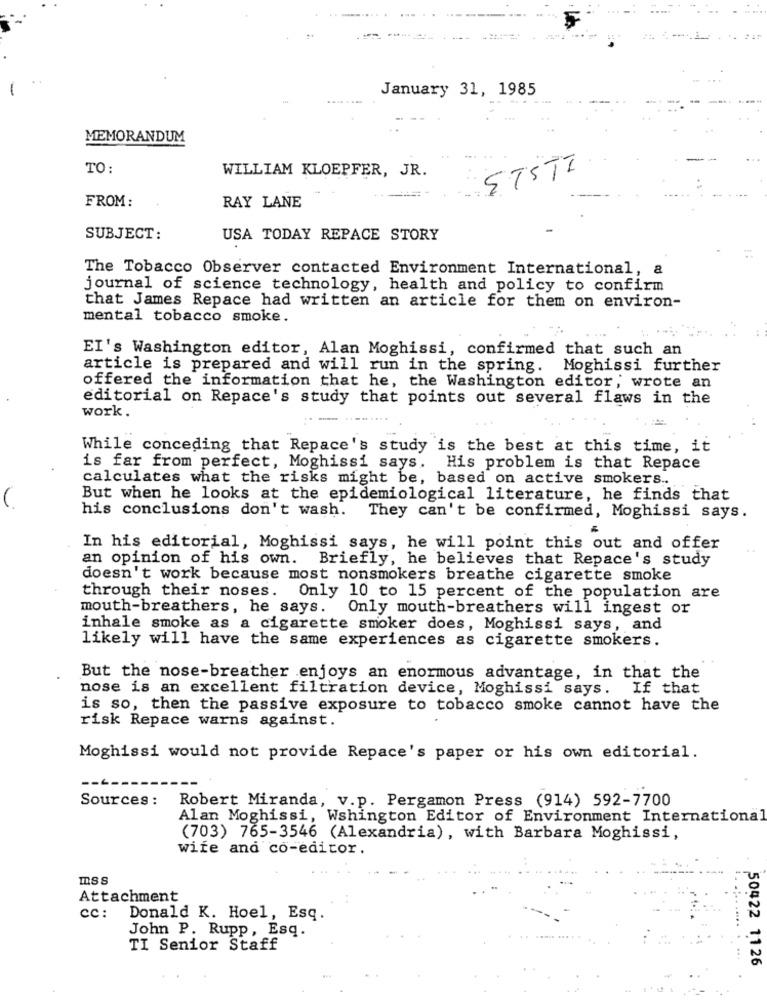
January 31, 1985
MEMORANDUM
TO:
WILLIAM KLOEPFER, JR.
ETSTI
FROM :
RAY LANE
SUBJECT:
USA TODAY REPACE STORY
The Tobacco Observer contacted Environment International, a
journal of science technology, health and policy to confirm
that James Repace had written an article for them on environ-
mental tobacco smoke.
EI's Washington editor, Alan Moghissi, confirmed that such an
article is prepared and will run in the spring.
Moghissi further
offered the information that he, the Washington editor, wrote an
editorial on Repace's study that points out several flaws in the
work.
While conceding that Repace's study is the best at this time, it
is far from perfect, Moghissi says. His problem is that Repace
calculates what the risks might be, based on active smokers ..
But when he looks at the epidemiological literature, he finds that
his conclusions don't wash. They can't be confirmed, Moghissi says.
In his editorial, Moghissi says, he will point this out and offer
an opinion of his own. Briefly, he believes that Repace's study
doesn't work because most nonsmokers breathe cigarette smoke
through their noses. Only 10 to 15 percent of the population are
mouth-breathers, he says. Only mouth-breathers will ingest or
inhale smoke as a cigarette smoker does, Moghissi says, and
likely will have the same experiences as cigarette smokers.
But the nose-breather enjoys an enormous advantage, in that the
nose is an excellent filtration device, Moghissi says. If that
is so, then the passive exposure to tobacco smoke cannot have the
risk Repace warns against.
Moghissi would not provide Repace's paper or his own editorial.
Sources :
Robert Miranda, v.p. Pergamon Press (914) 592-7700
Alan Moghissi, Wshington Editor of Environment International
(703) 765-3546 (Alexandria), with Barbara Moghissi,
wife and co-editor.
ISS
Attachment
cc:
Donald K. Hoel, Esq.
John P. Rupp, Esq.
TI Senior Staff
50422 1126